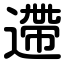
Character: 遰